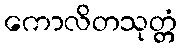
ကောလိတသုတ္တံ